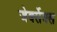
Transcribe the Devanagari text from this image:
जेर्क्सेक्स